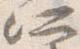
所